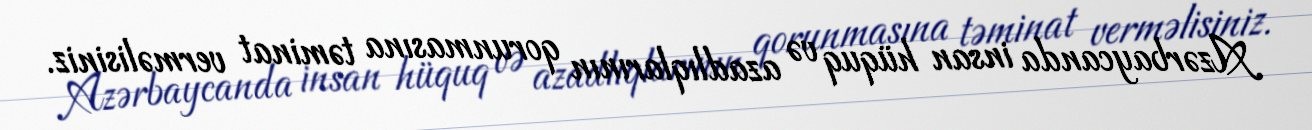
Azərbaycanda insan hüquq və azadlıqlarının qorunmasına təminat verməlisiniz.